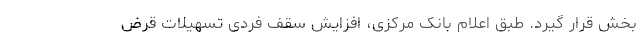
بخش قرار گیرد. طبق اعلام بانک مرکزی، افزایش سقف فردی تسهیلات قرض‌